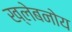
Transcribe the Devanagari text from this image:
ख्लेबनोय